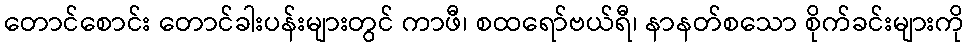
တောင်စောင်း တောင်ခါးပန်းများတွင် ကာဖီ၊ စထရော်ဗယ်ရီ၊ နာနတ်စသော စိုက်ခင်းများကို